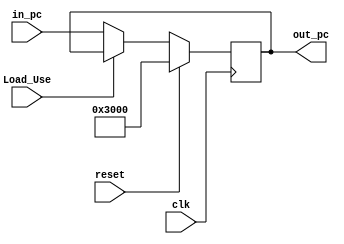
module pc (
    in_pc,clk,reset,out_pc,
    Load_Use
);

input[31:0] in_pc;
input clk,reset;
input Load_Use;
output reg[31:0] out_pc;

initial begin
    out_pc=32'h00003000;  // 0x00003000
end

always @(posedge clk) begin
    if(Load_Use!=1)begin
        out_pc=in_pc;
    end
    if(reset)
        out_pc=32'h00003000;   // 0x00003000
end
    
endmodule